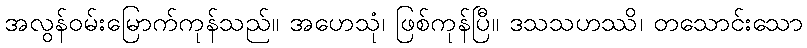
အလွန်ဝမ်းမြောက်ကုန်သည်။ အဟေသုံ၊ ဖြစ်ကုန်ပြီ။ ဒသသဟဿိ၊ တသောင်းသော